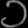
Digit: ၁